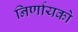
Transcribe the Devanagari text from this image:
निर्णायको